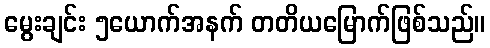
မွေးချင်း ၅ယောက်အနက် တတိယမြောက်ဖြစ်သည်။